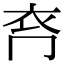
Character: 𧘉